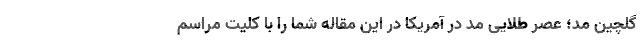
گلچین مد؛ عصر طلایی مد در آمریکا در این مقاله شما را با کلیت مراسم